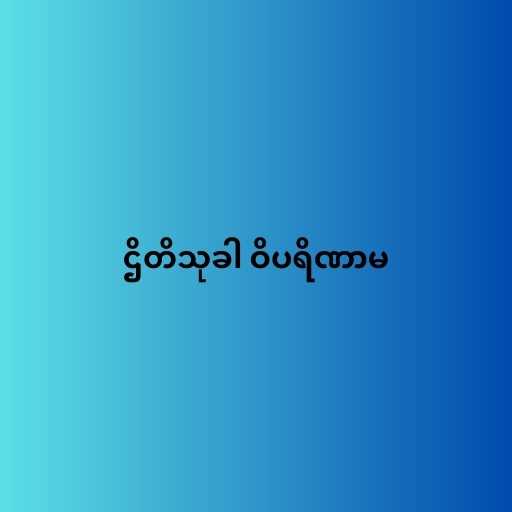
ဌိတိသုခါ ဝိပရိဏာမ